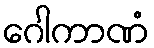
ဂေါကာဏံ